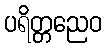
ပရိတ္တညေဝ